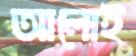
আলোই